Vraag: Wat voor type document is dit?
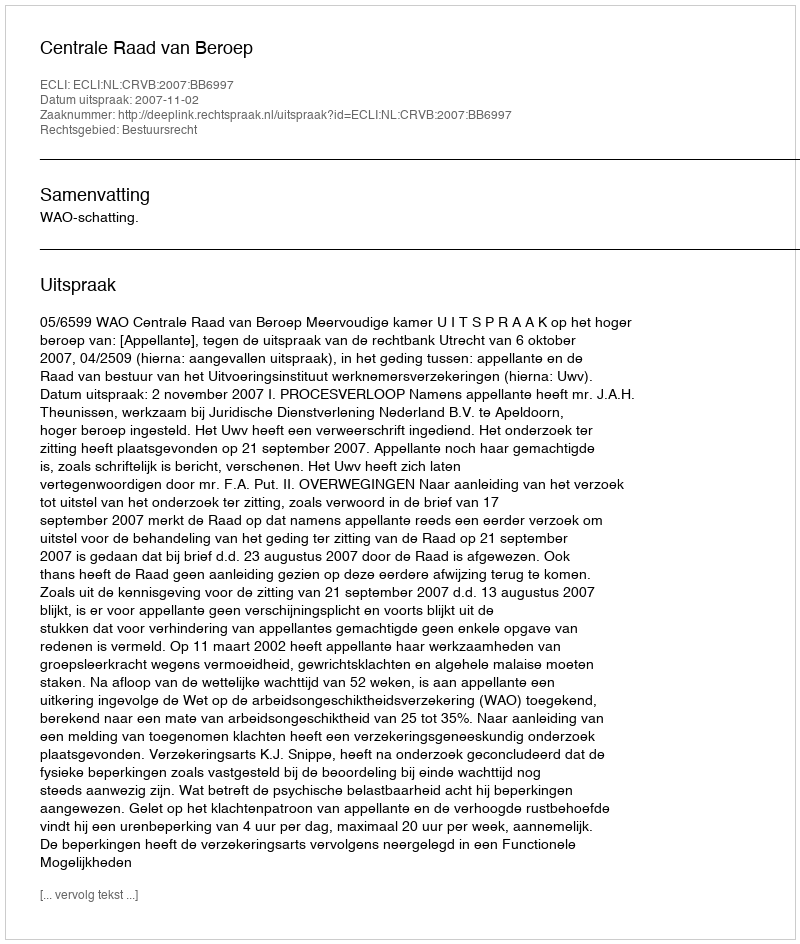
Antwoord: Uitspraak